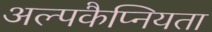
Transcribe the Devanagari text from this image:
अल्पकैप्नियता